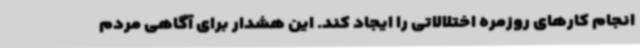
انجام کارهای روزمره اختلالاتی را ایجاد کند. این هشدار برای آگاهی مردم